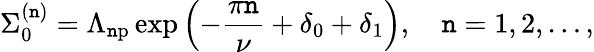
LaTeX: \Sigma_{0}^{(\mathtt{n})}=\Lambda_{\mathrm{{\mathtt{n}p}}}\exp\left(-\frac{{\pi\mathtt{n}}}{{\nu}}+\delta_{0}+\delta_{1}\right),\quad\mathtt{n}=1,2,\dots,